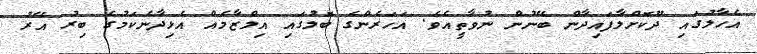
އެހާލުގައި ދޫކޮށްލާފައިދާން ބޭނުން ނުވާތީއެވެ. އަހަރެންގެ ބޮލުގައި އިލްޒާމެއް އެޅިދާނެކަމުގެ ބިރު އޭރު